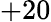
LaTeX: +20